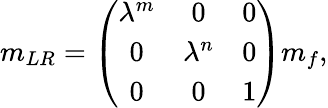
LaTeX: m_{LR}=\left(\begin{array}{ccc}{{\lambda^{m}}}&{{0}}&{{0}}\\ {{0}}&{{\lambda^{n}}}&{{0}}\\ {{0}}&{{0}}&{{1}}\end{array}\right)m_{f},